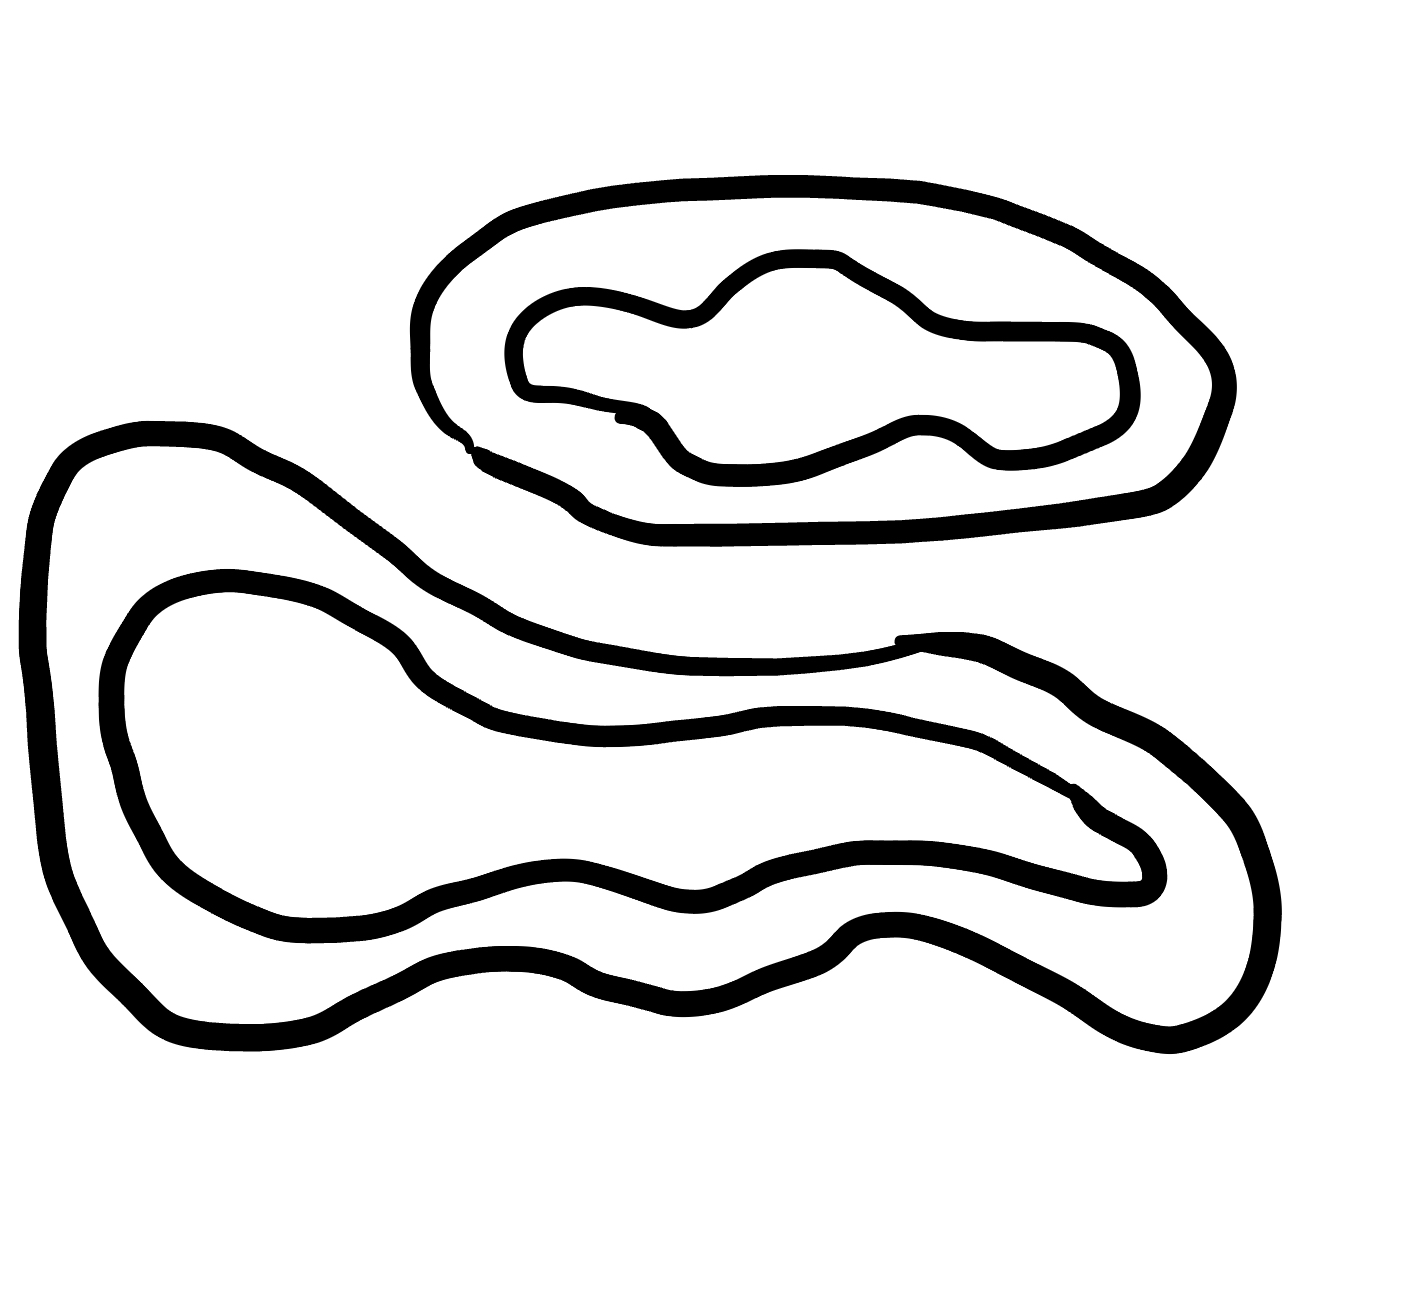
Number of regions (including the outer root region): 5
Containment tree edges (parent, child): 0, 1, 0, 3, 1, 2, 3, 4